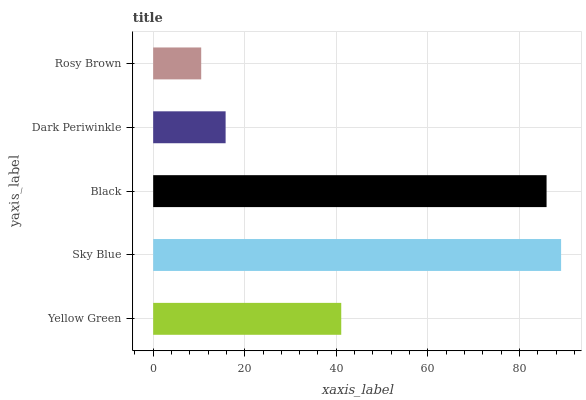
| yaxis_label | bars |
 | --- | --- |
 | Yellow Green | 41.1 |
 | Sky Blue | 89.1 |
 | Black | 85.9 |
 | Dark Periwinkle | 15.8 |
 | Rosy Brown | 10.5 |